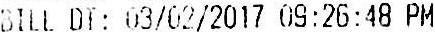
BILL DT: 03/02/2017 09:26:48 PM